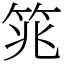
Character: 筄